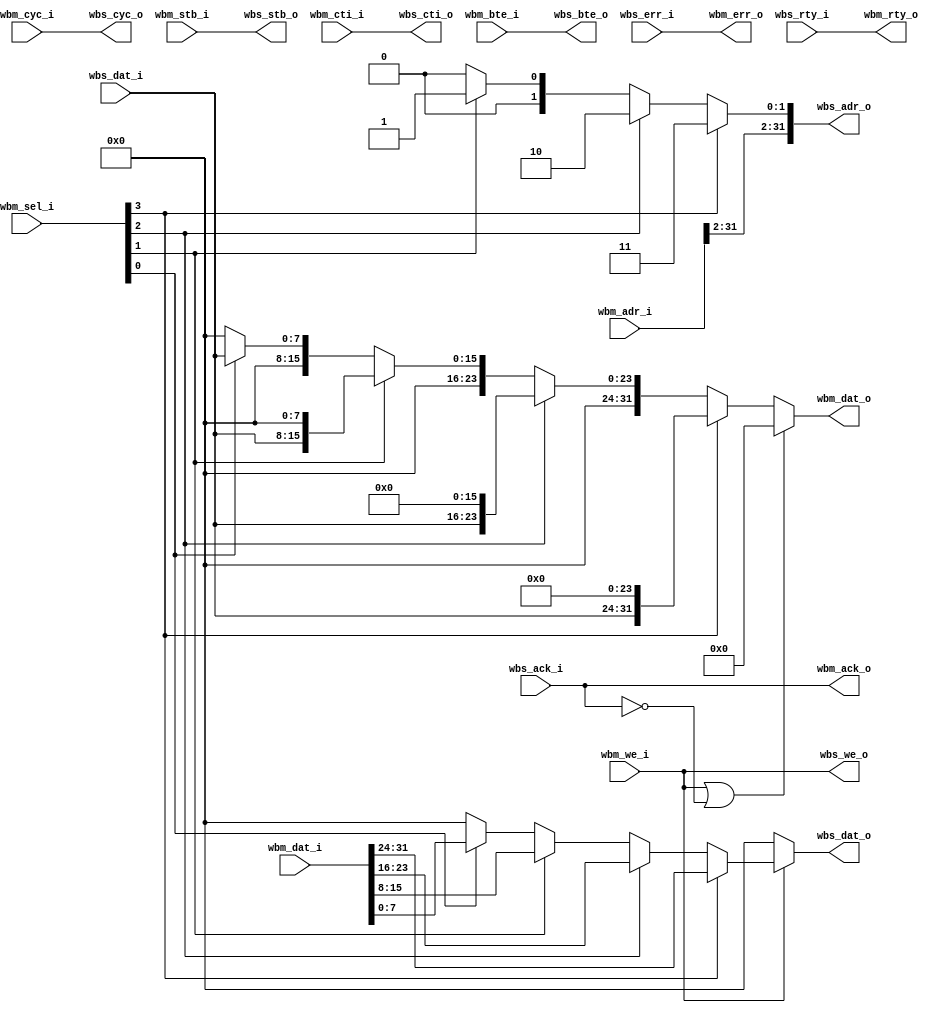
module wb_data_resize_32to8
(
   // Wishbone Master interface
   input  [31:0] wbm_adr_i,
   input  [31:0] wbm_dat_i,
   input  [3:0]  wbm_sel_i,
   input         wbm_we_i,
   input         wbm_cyc_i,
   input         wbm_stb_i,
   input  [2:0]  wbm_cti_i,
   input  [1:0]  wbm_bte_i,
   output [31:0] wbm_dat_o,
   output        wbm_ack_o,
   output        wbm_err_o,
   output        wbm_rty_o, 
   // Wishbone Slave interface
   output [31:0] wbs_adr_o,
   output [7:0]  wbs_dat_o,
   output        wbs_we_o,
   output        wbs_cyc_o,
   output        wbs_stb_o,
   output [2:0]  wbs_cti_o,
   output [1:0]  wbs_bte_o,
   input  [7:0]  wbs_dat_i,
   input         wbs_ack_i,
   input         wbs_err_i,
   input         wbs_rty_i
);

   // for value 0x12345678 in picorv32 (little endian)
   // mem_byte[0] = 0x78
   // mem_byte[1] = 0x56
   // mem_byte[2] = 0x34
   // mem_byte[3] = 0x12
   // wbm_dat_i[7:0]   = 0x78 => mem_byte[0]
   // wbm_dat_i[15:8]  = 0x56 => mem_byte[1]
   // wbm_dat_i[23:16] = 0x34 => mem_byte[2]
   // wbm_dat_i[31:24] = 0x12 => mem_byte[3]
   // wb_sel_i[0] is for wbm_dat_i[7:0]   => mem_byte[0]
   // wb_sel_i[1] is for wbm_dat_i[15:8]  => mem_byte[1]
   // wb_sel_i[2] is for wbm_dat_i[23:16] => mem_byte[2]
   // wb_sel_i[3] is for wbm_dat_i[31:24] => mem_byte[3]
   assign wbs_adr_o[31:2] = wbm_adr_i[31:2]; // 32-bit aligned address
   assign wbs_adr_o[1:0] = wbm_sel_i[3] ? 2'd3 :
                           wbm_sel_i[2] ? 2'd2 :
                           wbm_sel_i[1] ? 2'd1 :
                                          2'd0;
   // according to wbm_sel_i, construct wbs_dat_o (8-bit data)
   assign wbs_dat_o = ~wbm_we_i ? {8'b0} : (
                         wbm_sel_i[3] ? wbm_dat_i[31:24] :
                         wbm_sel_i[2] ? wbm_dat_i[23:16] :
                         wbm_sel_i[1] ? wbm_dat_i[15:8]  :
                         wbm_sel_i[0] ? wbm_dat_i[7:0]   :
                                        {8'b0});
   assign wbs_cyc_o = wbm_cyc_i;
   assign wbs_stb_o = wbm_stb_i;
   assign wbs_we_o  = wbm_we_i;
   assign wbs_cti_o = wbm_cti_i;
   assign wbs_bte_o = wbm_bte_i;
   // compose 32-bit data from 8-bit data
   assign wbm_dat_o = (wbm_we_i | ~wbs_ack_i) ? {32'b0} : (
                         wbm_sel_i[3] ? {wbs_dat_i, 24'b0       } :
                         wbm_sel_i[2] ? {8'b0 , wbs_dat_i, 16'b0} :
                         wbm_sel_i[1] ? {16'b0, wbs_dat_i, 8'b0 } :
                         wbm_sel_i[0] ? {24'b0, wbs_dat_i       } :
                                        {32'b0});
   assign wbm_ack_o = wbs_ack_i;
   assign wbm_err_o = wbs_err_i;
   assign wbm_rty_o = wbs_rty_i;

endmodule